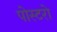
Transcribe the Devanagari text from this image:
पोस्टरो